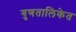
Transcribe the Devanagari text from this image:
गुणतालिकेत